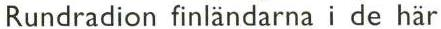
Rundradion finländarna i de här